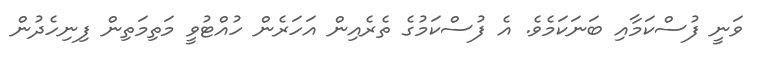
ވަނީ ފުސްކަމާއި ބަނަކަމެވެ. އެ ފުސްކަމުގެ ތެރެއިން އަހަރެން ހުއްޓުވީ މަތިމަތިން ފިނިހެދުން